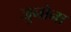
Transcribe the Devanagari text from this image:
जुनोना